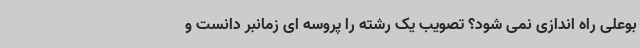
بوعلی راه اندازی نمی شود؟ تصویب یک رشته را پروسه ای زمانبر دانست و